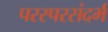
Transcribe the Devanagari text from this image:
परस्परसंदर्भ